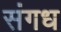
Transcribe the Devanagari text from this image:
संगध